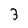
Character: 3